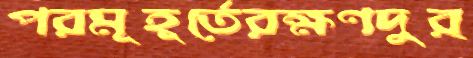
পরমূহূর্তেরক্ষণদুর্